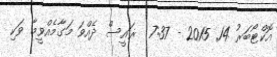
އޮކްޓޯބަރު 14